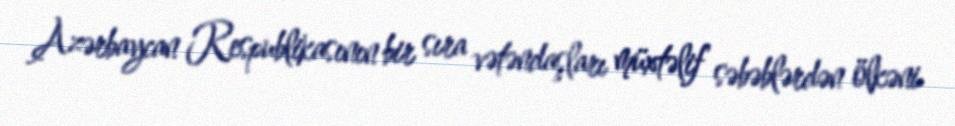
Azərbaycan Respublikasının bir sıra vətəndaşları müxtəlif səbəblərdən ölkəni